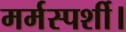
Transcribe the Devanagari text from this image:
मर्मस्पर्शी।